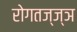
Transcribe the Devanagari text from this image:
रोगतज्ज्ञ